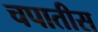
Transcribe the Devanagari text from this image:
चपातीस